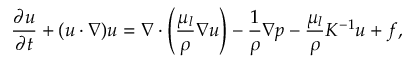
\frac { \partial \boldsymbol { u } } { \partial t } + ( \boldsymbol { u } \cdot \nabla ) \boldsymbol { u } = \nabla \cdot \left( \frac { \mu _ { l } } { \rho } \nabla \boldsymbol { u } \right) - \frac { 1 } { \rho } \nabla p - \frac { \mu _ { l } } { \rho } K ^ { - 1 } \boldsymbol { u } + \boldsymbol { f } ,